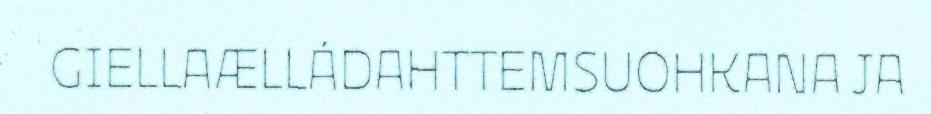
GIELLAÆLLÁDAHTTEMSUOHKANA JA